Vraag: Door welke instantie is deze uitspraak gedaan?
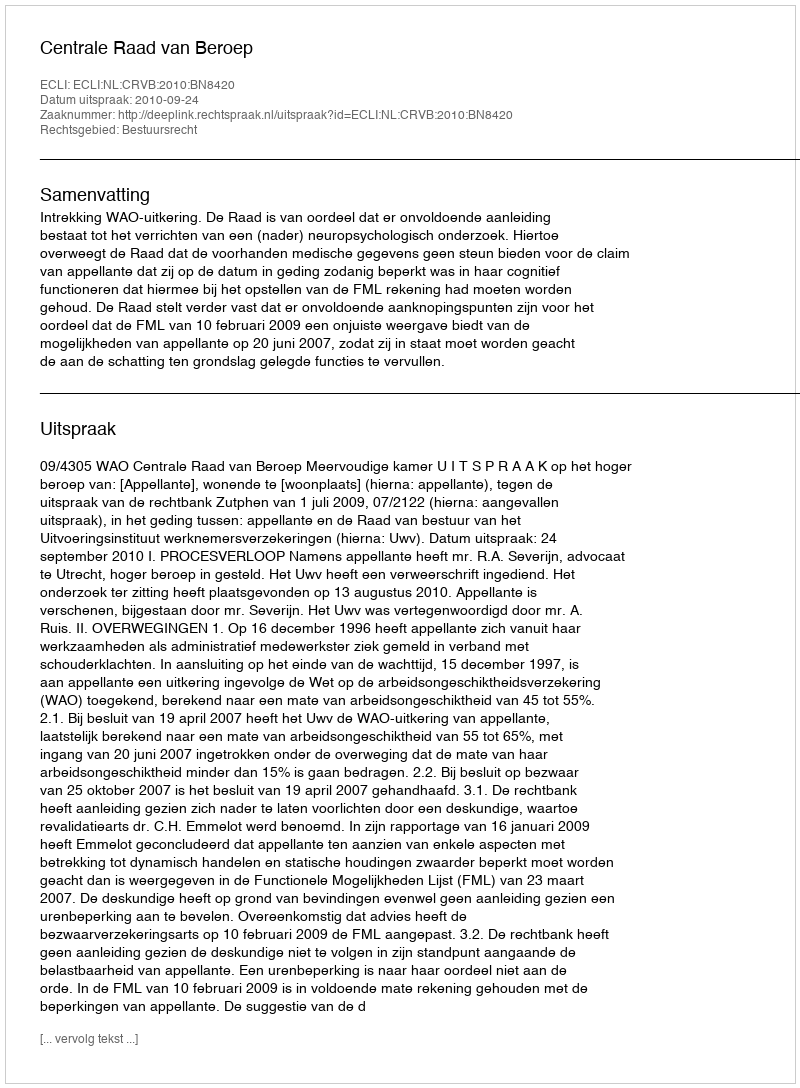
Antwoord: Centrale Raad van Beroep